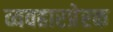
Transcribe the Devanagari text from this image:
व्यवहारप्रेरक